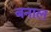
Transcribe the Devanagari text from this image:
बनाल